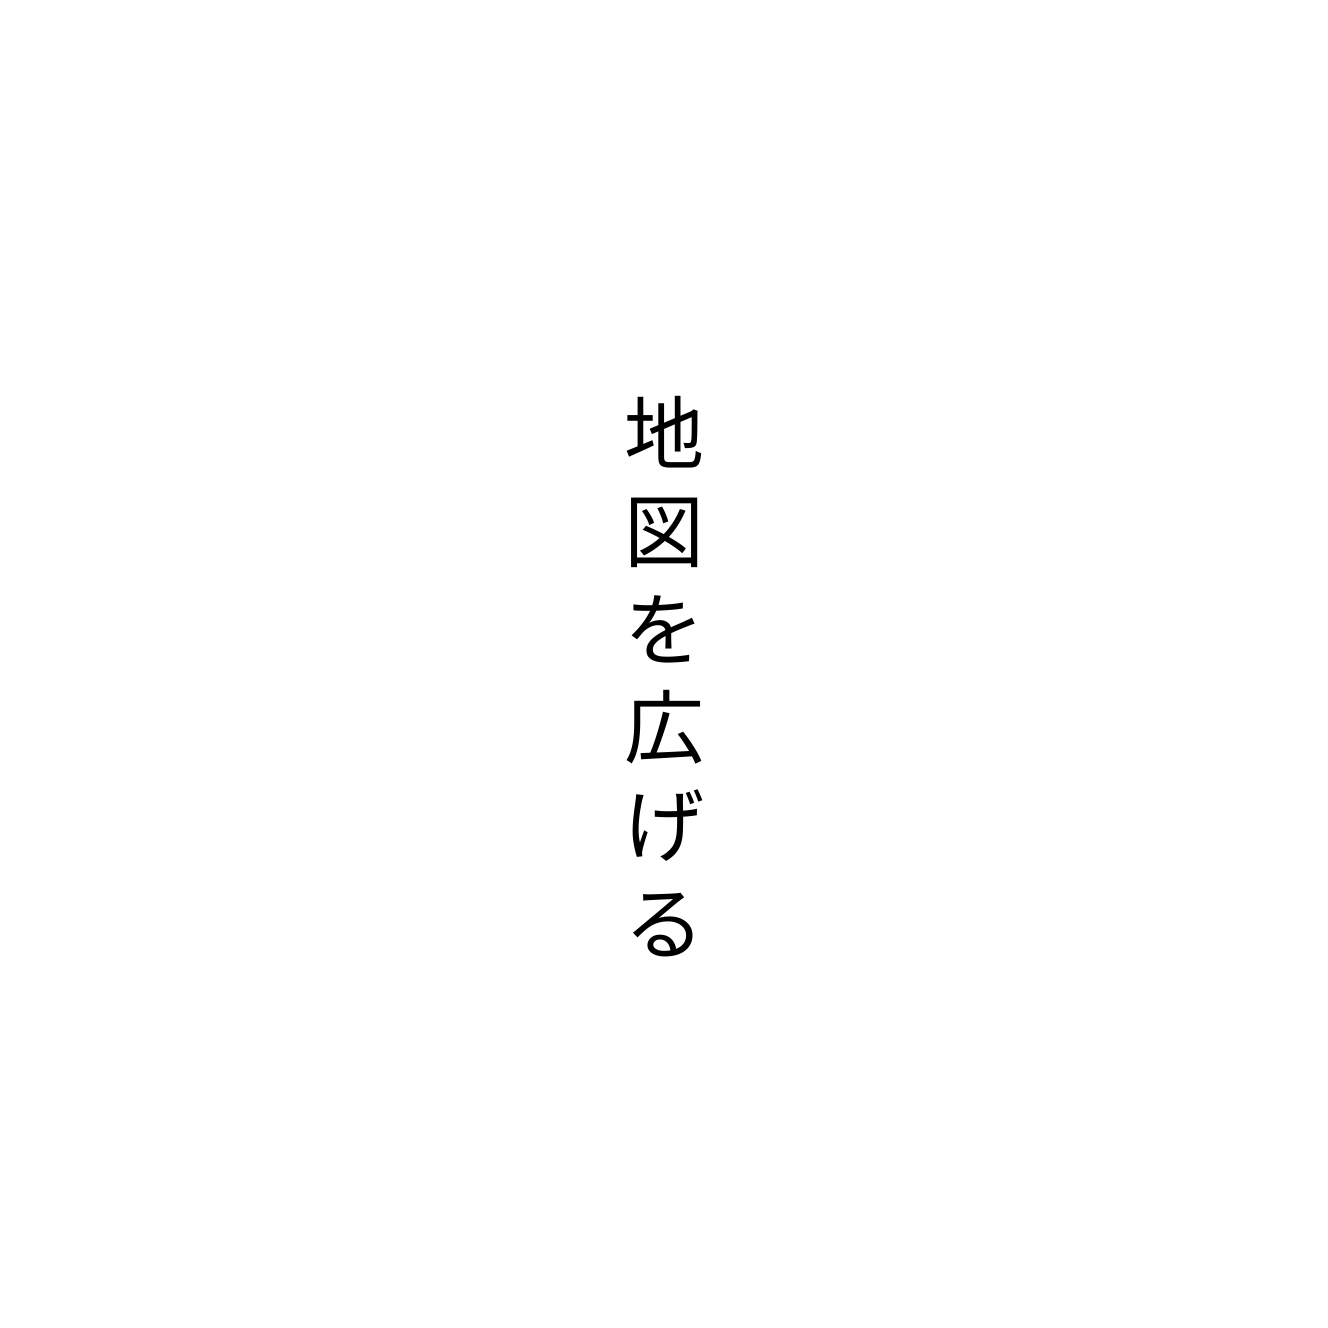
地図を広げる